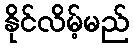
နိုင်လိမ့်မည်